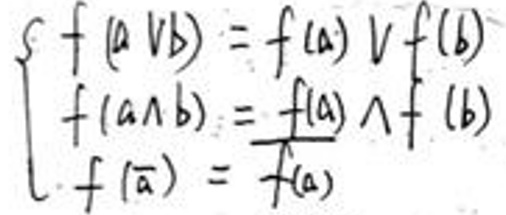
\[
\begin{cases}
f(a\vee b)=f(a)\vee f(b)\\
f(a\wedge b)=f(a)\wedge f(b)\\
f(\overline{a})=\overline{f(a)}
\end{cases}
\]